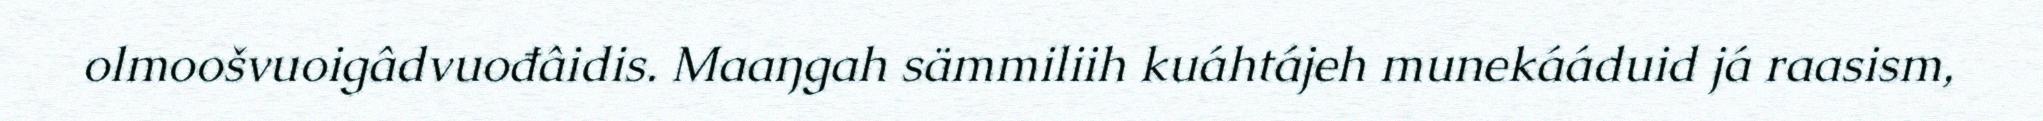
olmoošvuoigâdvuođâidis. Maaŋgah sämmiliih kuáhtájeh munekááduid já raasism,